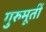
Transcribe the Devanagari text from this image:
गुरुमूर्ती